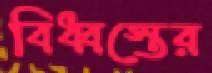
বিধ্বস্তের